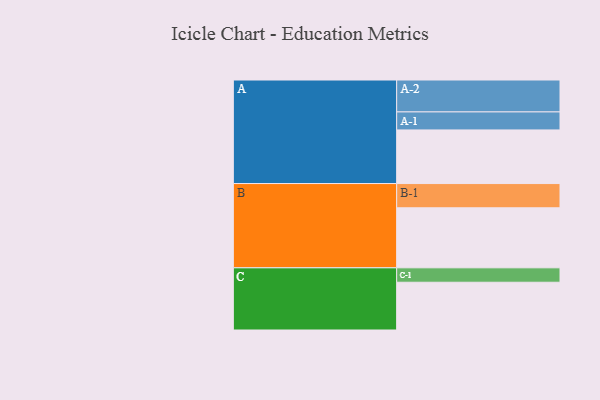
{"axis": {"x": "Segment", "y": "Value"}, "legend": ["", "A", "B", "C"], "data": [{"x": "A", "y": 420, "type": ""}, {"x": "B", "y": 470, "type": ""}, {"x": "C", "y": 374, "type": ""}, {"x": "A-1", "y": 141, "type": "A"}, {"x": "A-2", "y": 250, "type": "A"}, {"x": "B-1", "y": 190, "type": "B"}, {"x": "C-1", "y": 113, "type": "C"}]}